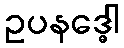
ဥပနဒ္ဓေါ